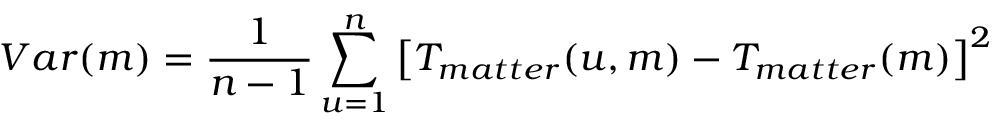
V a r ( m ) = \frac { 1 } { n - 1 } \sum _ { u = 1 } ^ { n } \left[ T _ { m a t t e r } ( u , m ) - T _ { m a t t e r } ( m ) \right] ^ { 2 }